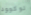
لوكوود